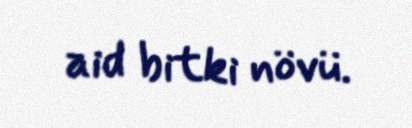
aid bitki növü.